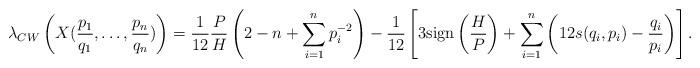
LaTeX: \begin{align*}\lambda_{CW}\left(X(\frac{p_{1}}{q_{1}},\ldots,\frac{p_{n}}{q_{n}})\right)=\frac{1}{12}\frac{P}{H}\left(2-n+\sum_{i=1}^{n}p_{i}^{-2}\right)-\frac{1}{12}\left[3{\rm sign}\left(\frac{H}{P}\right)+\sum_{i=1}^{n}\left(12s(q_{i},p_{i})-\frac{q_{i}}{p_{i}}\right)\right].\end{align*}